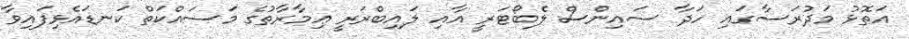
އަތޮޅު މަދުރަސާގައި ހަދާ ސައިންސް ލެބޯޓަރީ އާއި ލައިބްރަރީ ޢިމާރާތުގެ މަސައްކަތް ކަނޑައެޅިފައިވާ